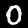
Digit: 0